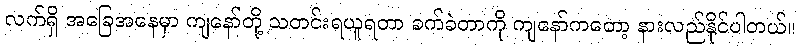
လက်ရှိ အခြေအနေမှာ ကျနော်တို့ သတင်းရယူရတာ ခက်ခဲတာကို ကျနော်ကတော့ နားလည်နိုင်ပါတယ်။